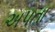
અપતા